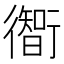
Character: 𫋰